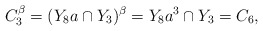
\begin{align*}C_3^{\beta}=(Y_8a\cap Y_3)^{\beta}=Y_8a^3\cap Y_3=C_6,\end{align*}